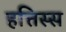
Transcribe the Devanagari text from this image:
हत्तिस्स